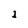
Character: 1